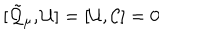
[ \tilde { \cal Q } _ { \mu } , { \cal U } ] = [ { \cal U } , { \cal C } ] = 0